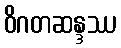
ဝိဂတဆန္ဒဿ